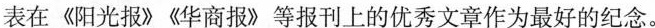
表在《阳光报》《华商报》等报刊上的优秀文章作为最好的纪念。